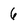
Character: 6